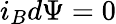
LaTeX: i_{B}d\Psi=0